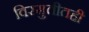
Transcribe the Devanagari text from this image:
विस्मुतीतही